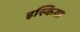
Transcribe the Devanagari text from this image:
इस्किया